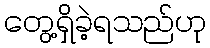
တွေ့ရှိခဲ့ရသည်ဟု